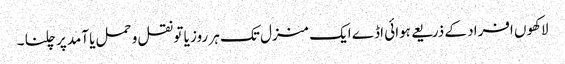
لاکھوں افراد کے ذریعے ہوائی اڈے ایک منزل تک ہر روز یا تو نقل و حمل یا آمد پر چلنا ۔